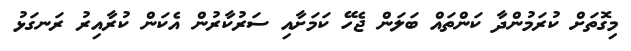
މިގޮތަށް ކުރަމުންދާ ކަންތައް ބަލަން ޖެހޭ ކަމަށާއި ސަރުކާރުން އެކަން ކުރާއިރު ރަނގަޅު